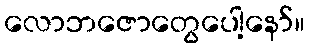
လောဘဇောတွေပေါ့နော်။